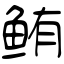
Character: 鲔